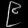
Digit: ၉